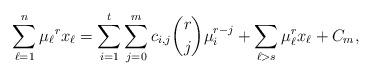
LaTeX: \begin{align*}\sum_{\ell=1}^n {\mu_\ell}^rx_\ell = \sum_{i=1}^t \sum_{j = 0}^mc_{i, j} \binom{r}{j}\mu_i^{r-j} + \sum_{\ell > s} \mu_\ell^rx_\ell + C_m,\end{align*}